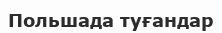
Польшада туғандар